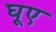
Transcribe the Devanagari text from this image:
घूए